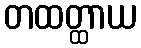
တထတ္ထာယ